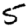
Digit: 5